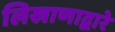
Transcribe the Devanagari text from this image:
लिखाणाद्वारे